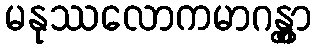
မနုဿလောကမာဂန္တွာ